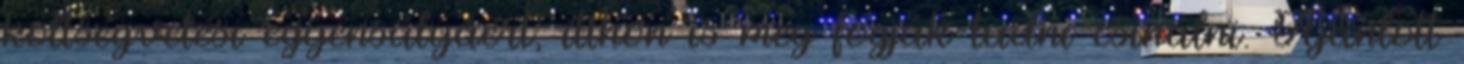
költségvetési egyensúlyáért, itthon is meg fogják tudni csinálni. Ajánlott